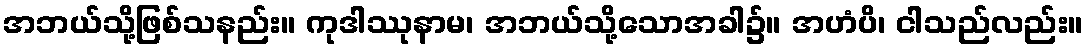
အဘယ်သို့ဖြစ်သနည်း။ ကုဒါဿုနာမ၊ အဘယ်သို့သောအခါ၌။ အဟံပိ၊ ငါသည်လည်း။